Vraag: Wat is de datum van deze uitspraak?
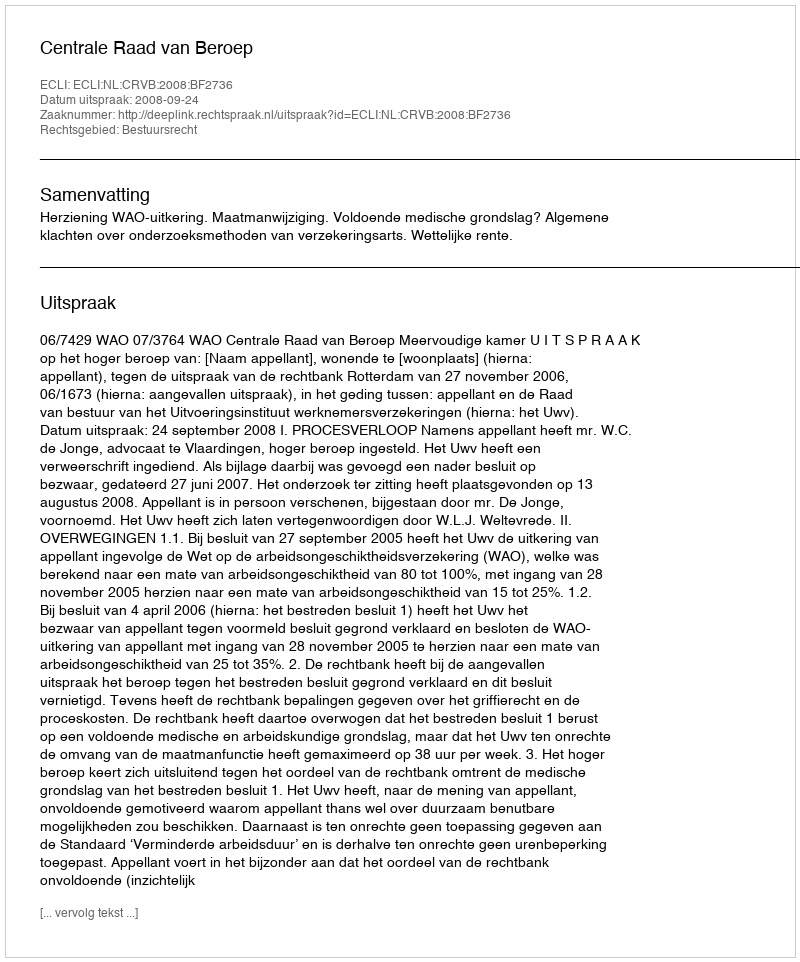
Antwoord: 2008-09-24